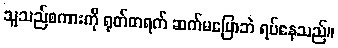
သူသည်စကားကို ရုတ်တရက် ဆက်မပြောဘဲ ရပ်နေသည်။